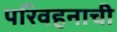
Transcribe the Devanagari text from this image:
परिवहनाची